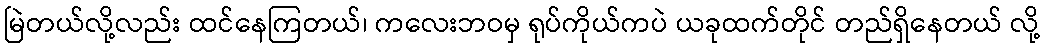
မြဲတယ်လို့လည်း ထင်နေကြတယ်၊ ကလေးဘဝမှ ရုပ်ကိုယ်ကပဲ ယခုထက်တိုင် တည်ရှိနေတယ် လို့